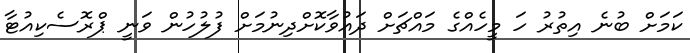
ކަމަށް ބުނެ އިތުރު ހަ މީހެއްގެ މައްޗަށް ދައުވާކޮށްދިނުމަށް ފުލުހުން ވަނީ ޕްރޮސެކިއުޓާ